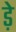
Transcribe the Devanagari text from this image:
ड़े